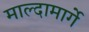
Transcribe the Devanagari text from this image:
माल्दामार्गे